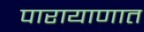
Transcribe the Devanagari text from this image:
पारायाणात